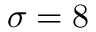
\sigma = 8